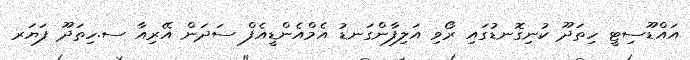
އައްޑޫސިޓީ ހިތަދޫ ކުނިގޮނޑުގައި ރޯވި އަލިފާންގަނޑު އެމްއެންޑީއެފް ސަދަން އޭރިއާ ސ.ހިތަދޫ ފަޔަރ